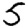
Digit: 5